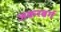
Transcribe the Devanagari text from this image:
जकरबर्ग